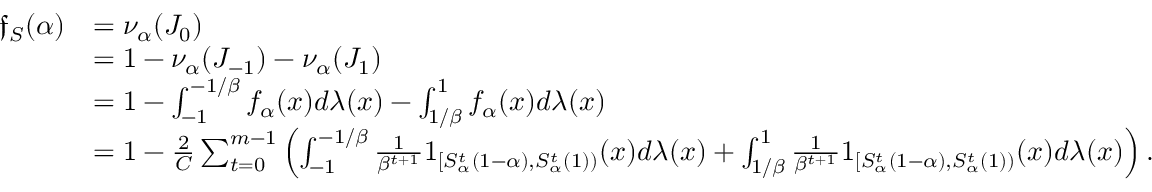
\begin{array} { r l } { \mathfrak { f } _ { S } ( \alpha ) } & { = \nu _ { \alpha } ( J _ { 0 } ) } \\ & { = 1 - \nu _ { \alpha } ( J _ { - 1 } ) - \nu _ { \alpha } ( J _ { 1 } ) } \\ & { = 1 - \int _ { - 1 } ^ { - 1 / \beta } f _ { \alpha } ( x ) d \lambda ( x ) - \int _ { 1 / \beta } ^ { 1 } f _ { \alpha } ( x ) d \lambda ( x ) } \\ & { = 1 - \frac 2 C \sum _ { t = 0 } ^ { m - 1 } \left( \int _ { - 1 } ^ { - 1 / \beta } \frac 1 { \beta ^ { t + 1 } } 1 _ { [ S _ { \alpha } ^ { t } ( 1 - \alpha ) , S _ { \alpha } ^ { t } ( 1 ) ) } ( x ) d \lambda ( x ) + \int _ { 1 / \beta } ^ { 1 } \frac 1 { \beta ^ { t + 1 } } 1 _ { [ S _ { \alpha } ^ { t } ( 1 - \alpha ) , S _ { \alpha } ^ { t } ( 1 ) ) } ( x ) d \lambda ( x ) \right) . } \end{array}